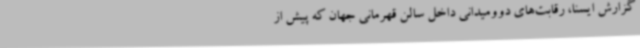
گزارش ایسنا، رقابت‌های دوومیدانی داخل سالن قهرمانی جهان که پیش از